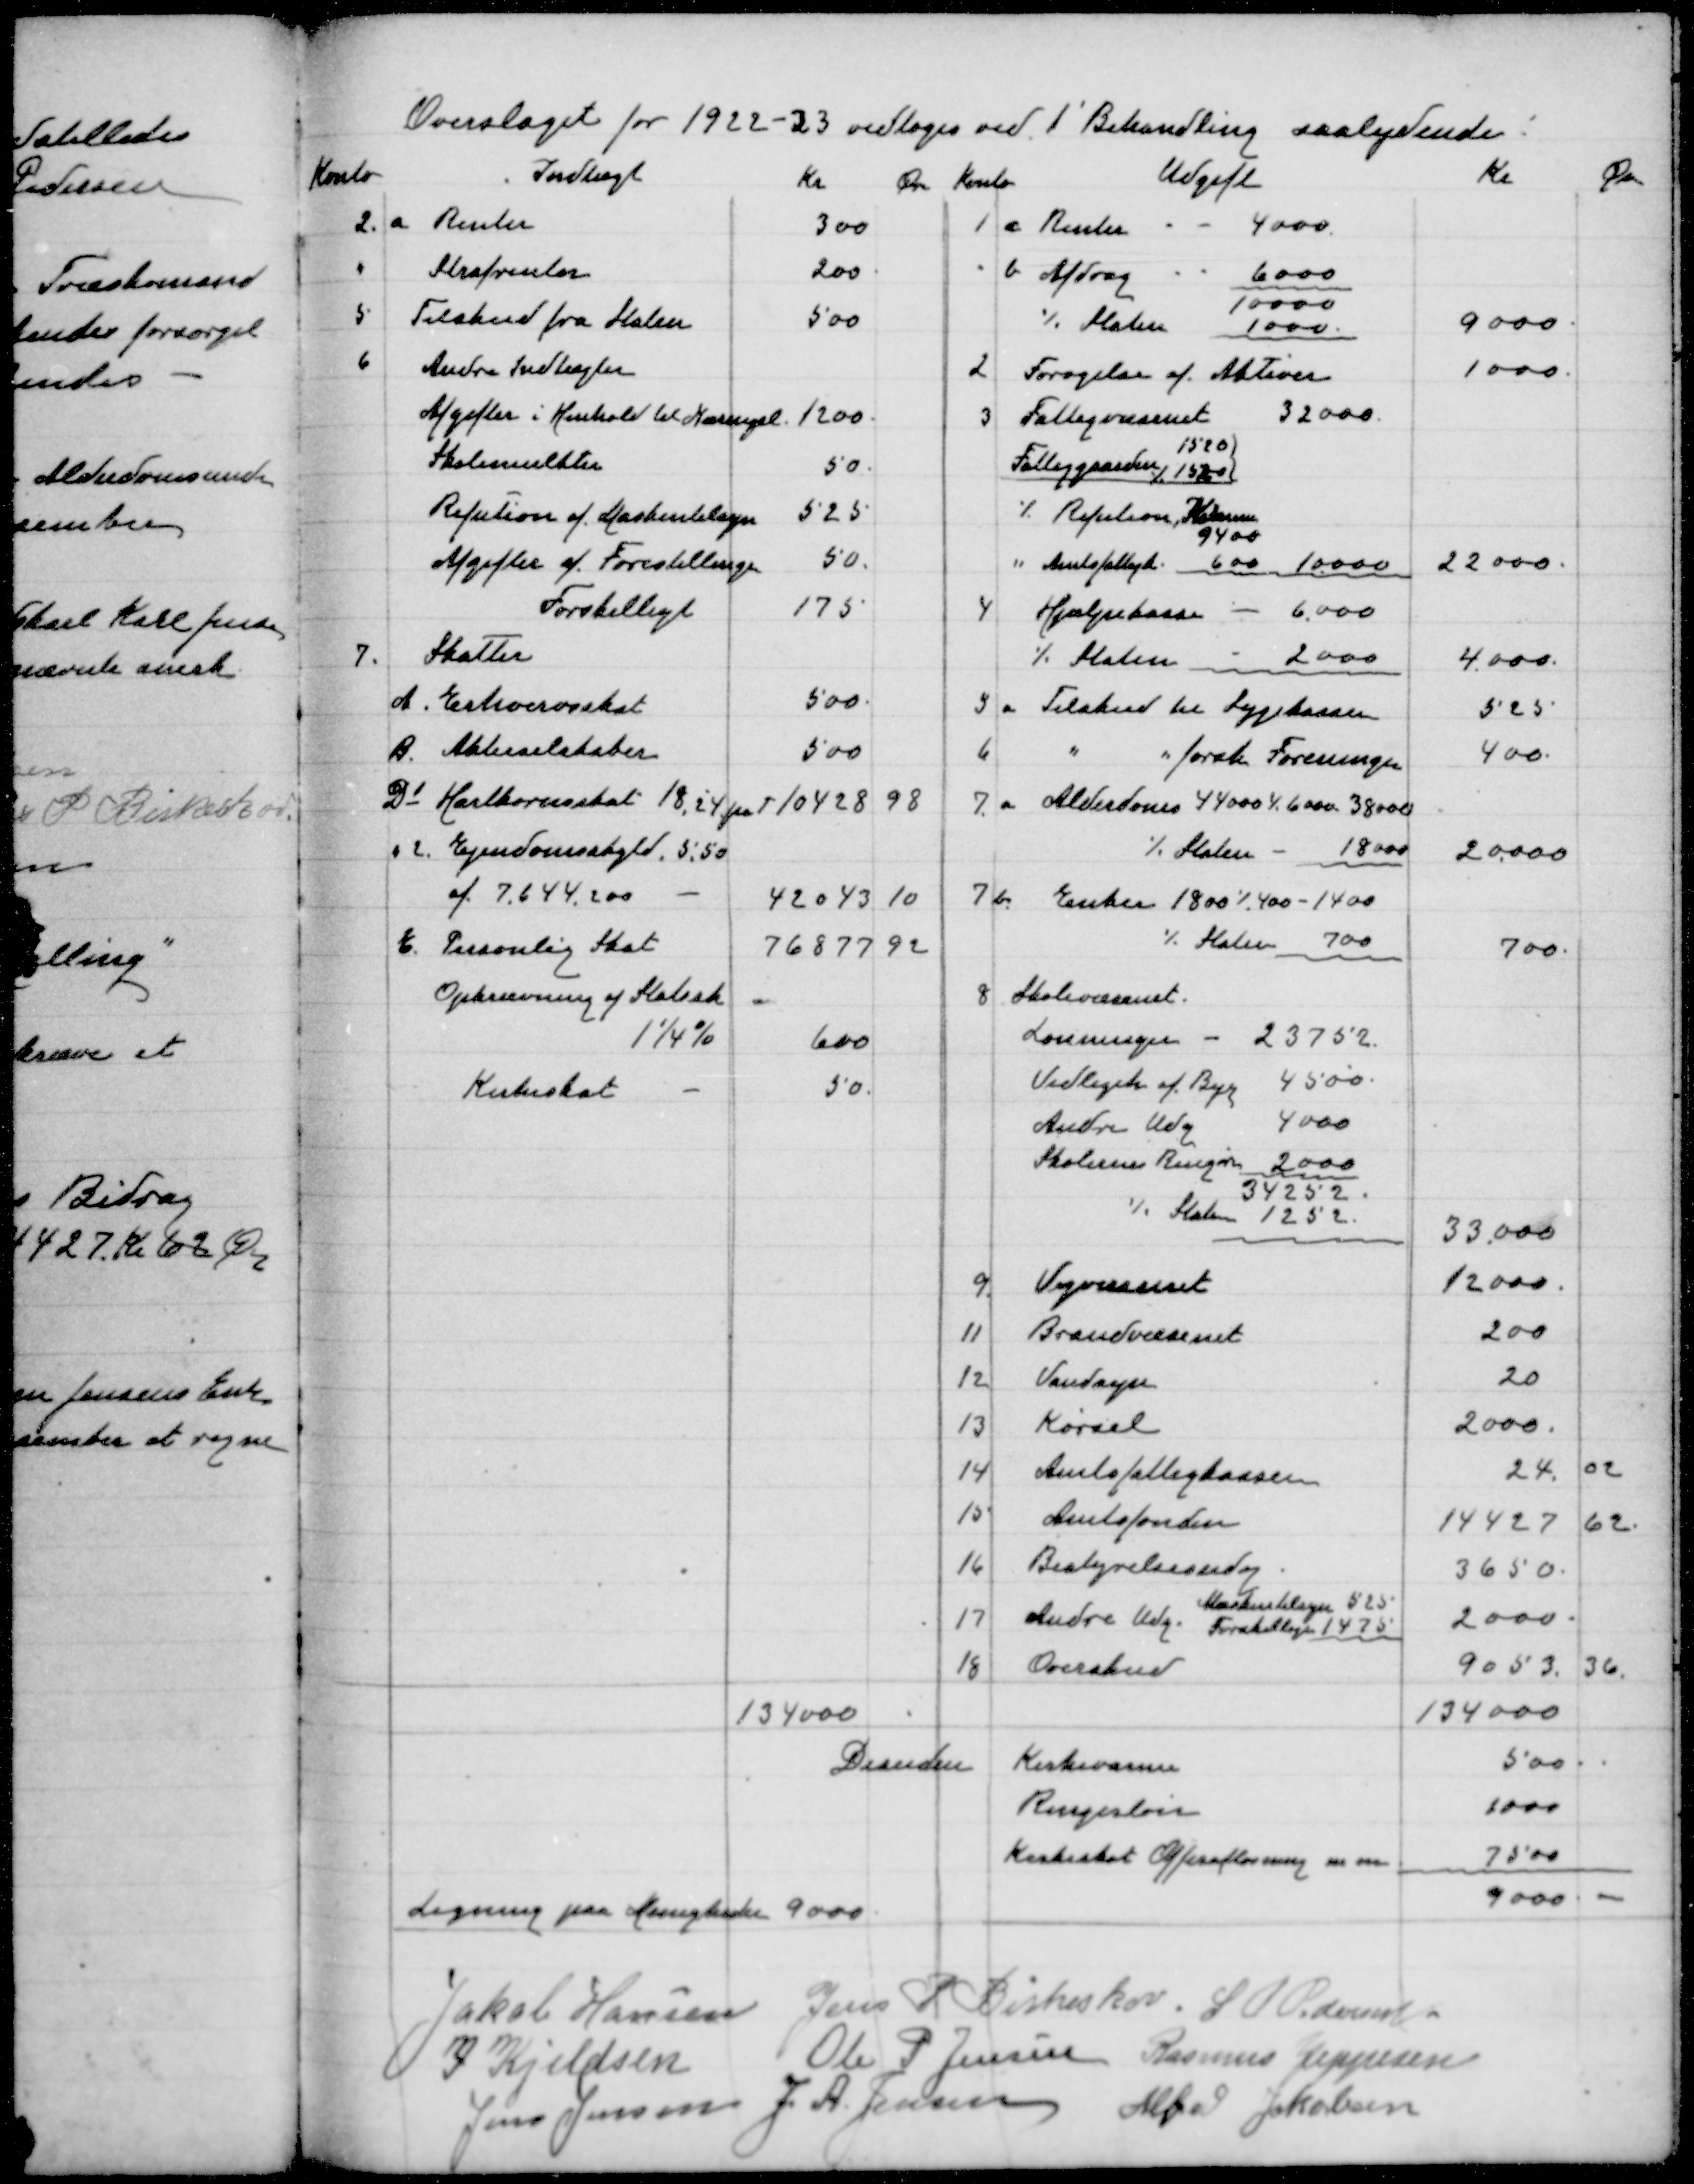
Transskription:
Jakob Hansen
Jens P Birkeskov
S P Pedersen
J Kjeldsen
Ole P Jensen
Rasmus Jeppesen
Jens Jensen
J A Jensen
Alfred Jakobsen